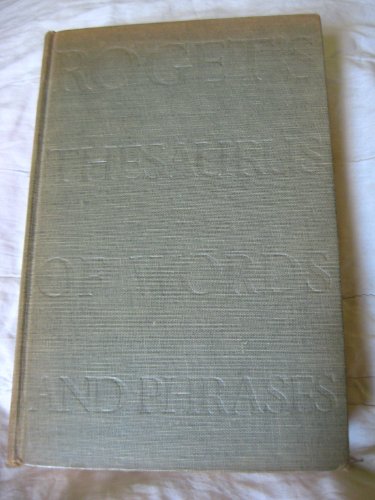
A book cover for Roget's Thesaurus of Words and Phrases; P.M. Roget; Reference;